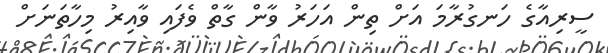
ސީރިއާގެ ހަނގުރާމަ އަށް ތިން އަހަރު ވާން ގާތް ވެފައި ވާއިރު މިހާތަނަށް